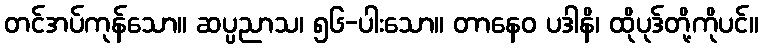
တင်အပ်ကုန်သော။ ဆပ္ပညာသ၊ ၅၆-ပါးသော။ တာနေဝ ပဒါနိ၊ ထိုပုဒ်တို့ကိုပင်။